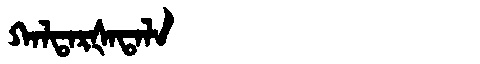
Manchu: ᡴᠠᠯᡨᠠᡵᡧᠠᡨᠠᠯᠠ
Romanization: KALTARŠATALA